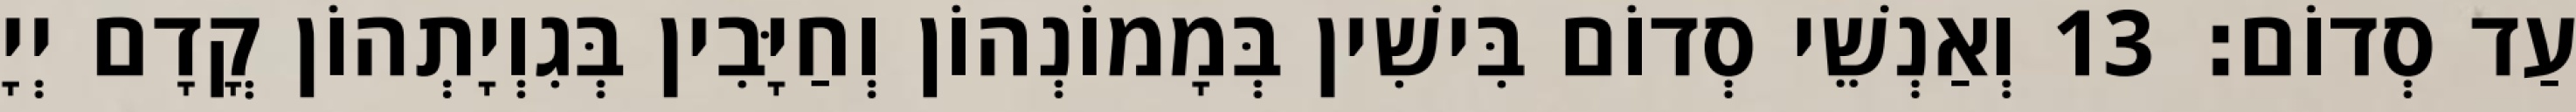
עַד סְדוֹם׃ 13 וְאַנְשֵׁי סְדוֹם בִּישִׁין בְּמָמוֹנְהוֹן וְחַיָּבִין בְּגִוְיָתְהוֹן קֳדָם יְיָ